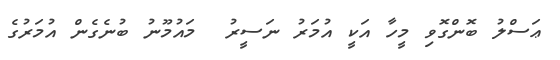
ޢަސްލު ބޮންގޮވި މީހާ އަކީ އުމަރު ނަސީރު  މައުމޫނު ބުނެގެން އުމަރުގެ